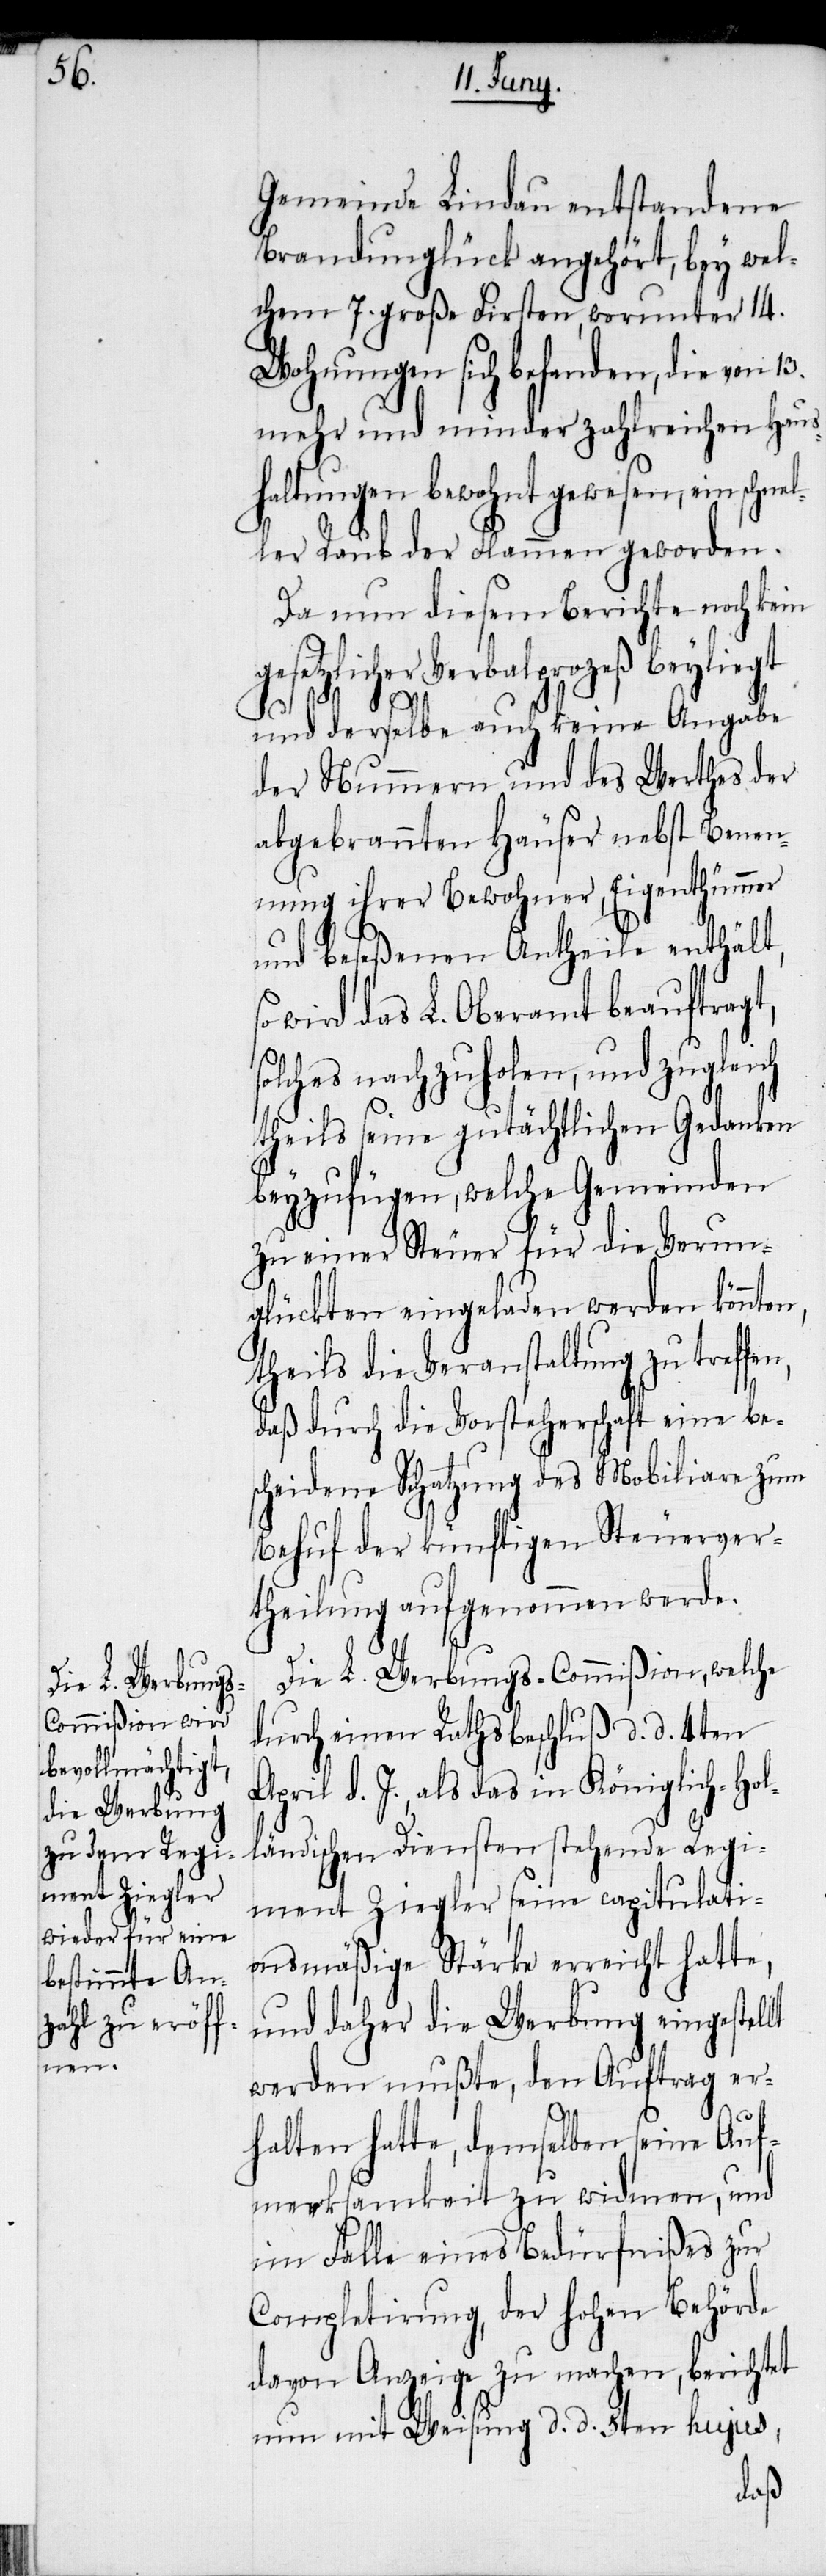
Gemeinde Lindau entstandene
Brandunglück angehört, bey wel¬
chem 7. große Firsten, wo¬
runter 14.
Wohnungen sich befanden, die von 13.
en Haus¬
mehr und minder z¬
noch
haltungen bewohnt gewe¬
n,
ler Raub der Flammen
Da nun diesem Ber¬
gesetzlicher Verbalprozeß beyliegt
t,
Eige¬
Angabe
und derselbe auch keine
der Nummern und des Werthes der
abgebrannten Häuser nebst Benen¬
nthümmer
nung ihrer Bewohner,
und beseßenen Antheile enthält,
wird das L. Oberamt beauftrag¬
solches nachzuholen, und zugleich
theils seine gutächtlichen Gedanken
beyzufügen, welche Gemeinden
Verun¬
zu einer Steuer für die
glückten eingeladen werden könnten,
theils die Veranstaltung zu treffe¬
daß durch die Vorsteherschaft eine be¬
scheidene Schatzung des Mobiliare zum
Behuf der künftigen Steuerver¬
theilung aufgenommen werde.
Die L. Werbungs-Commißion, welche
durch einen Rathsbeschluß d. d. 4ten
April d. J., als das in Königlich-Hol¬
ländischen Diensten stehende Regi¬
ment Ziegler seine capitulati¬
onsmäßige Stärke erreicht hatte,
und daher die Werbung eingestellt
werden mußte, den Auftrag er¬
halten hatte, demselben seine Auf¬
merksamkeit zu widmen, und
im Falle eines Bedürfnißes zur
Completirung, der hohen Behörde
davon Anzeige zu machen, berichtet
nun mit Weisung d. d. 5ten hujus,